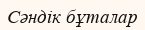
Сәндік бұталар